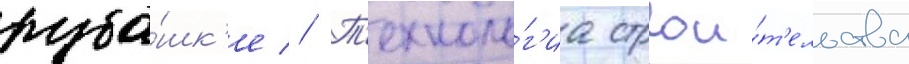
руба́шк'е // Т'ехноло́г'иа строи́т'ельства